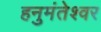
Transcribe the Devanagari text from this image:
हनुमंतेश्वर